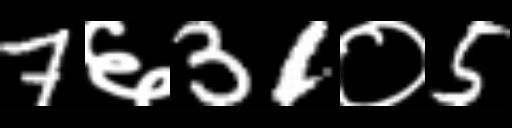
Text: 7६31०5